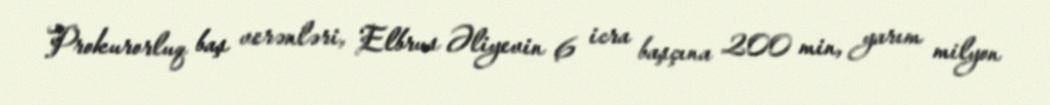
Prokurorluq baş verənləri, Elbrus Əliyevin 6 icra başçına 200 min, yarım milyon